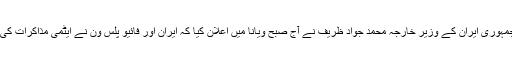
میڈیا رپورٹس کے مطابق اسلامی جمہوری ایران کے وزیر خارجہ محمد جواد ظریف نے آج صبح ویانا میں اعلان کیا کہ ایران اور فائیو پلس ون نے ایٹمی مذاکرات کی مدت میں توسیع پر اتفاق کرلیا ہے۔